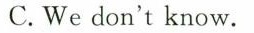
C.We don't know.